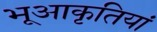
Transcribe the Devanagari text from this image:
भूआकृतियां